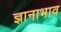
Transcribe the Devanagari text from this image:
ज्ञानाभाव